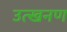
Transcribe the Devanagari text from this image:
उत्खनण